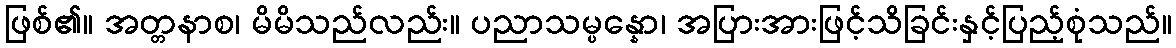
ဖြစ်၏။ အတ္တနာစ၊ မိမိသည်လည်း။ ပညာသမ္ပန္နော၊ အပြားအားဖြင့်သိခြင်းနှင့်ပြည့်စုံသည်။